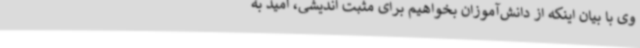
وی با بیان اینکه از دانش‌آموزان بخواهیم برای مثبت اندیشی، امید به